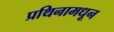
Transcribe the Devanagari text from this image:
प्रथिनामधून